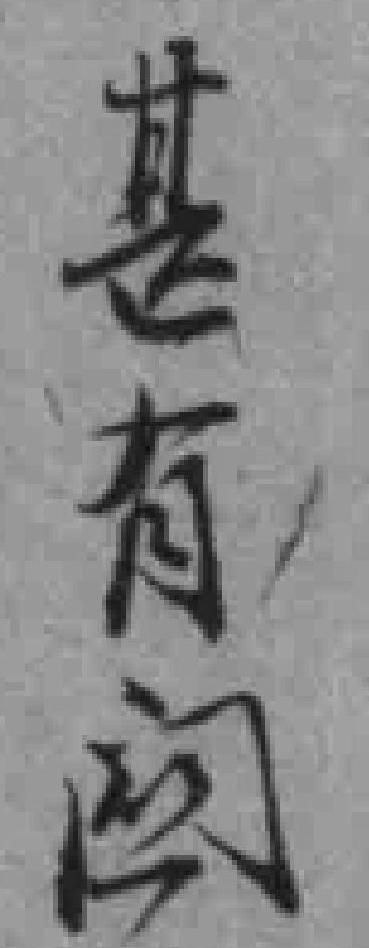
甚有関